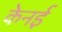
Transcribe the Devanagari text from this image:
केनई